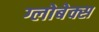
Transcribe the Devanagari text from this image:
ग्लोबेक्स